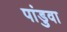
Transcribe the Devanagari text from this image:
पांडुवा